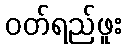
ဝတ်ရည်ဖူး